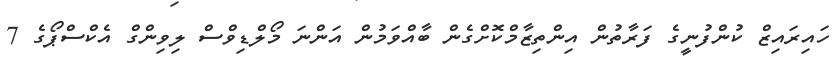
ހައިރައިޒް ކުންފުނީގެ ފަރާތުން އިންތިޒާމްކޮށްގެން ބާއްވަމުން އަންނަ މޯލްޑިވްސް ލިވިންގް އެކްސްޕޯގެ 7